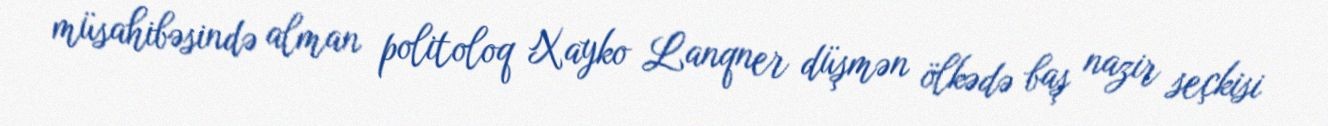
müsahibəsində alman politoloq Xayko Lanqner düşmən ölkədə baş nazir seçkisi